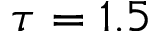
\tau = 1 . 5